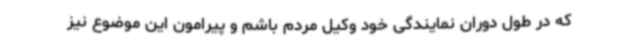
که در طول دوران نمایندگی خود وکیل مردم باشم و پیرامون این موضوع نیز